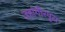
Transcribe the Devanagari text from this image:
जहांगीरपुरा